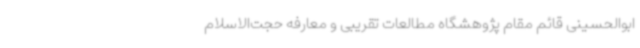
ابوالحسینی قائم مقام پژوهشگاه مطالعات تقریبی و معارفه حجت‌الاسلام